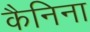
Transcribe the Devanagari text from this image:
कैनिना